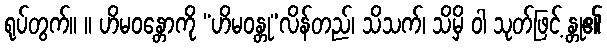
ရုပ်တွက်။ ။ ဟိမဝန္တောကို “ဟိမဝန္တု”လိန်တည်၊ သိသက်၊ သိမှိ ဝါ သုတ်ဖြင့် န္တု၏